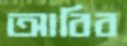
আবিব